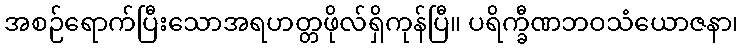
အစဉ်ရောက်ပြီးသောအရဟတ္တဖိုလ်ရှိကုန်ပြီ။ ပရိက္ခီဏဘဝသံယောဇနာ၊